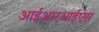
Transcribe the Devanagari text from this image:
आईआरआईएस